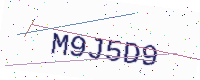
Text: M9J5D9